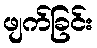
ဖျက်ခြင်း